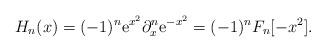
LaTeX: \begin{align*}H_n(x)=(-1)^n \mbox{e}^{x^2} \partial_x^n \mbox{e}^{-x^2} =(-1)^n F_n[-x^2].\end{align*}